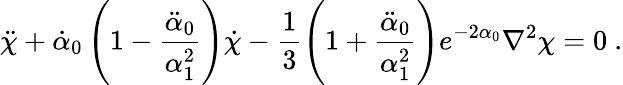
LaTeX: \ddot{\chi}+\dot{\alpha}_{0}\left(1-\frac{\ddot{\alpha}_{0}}{\alpha_{1}^{2}}\right)\dot{\chi}-\frac{1}{3}\left(1+\frac{\ddot{\alpha}_{0}}{\alpha_{1}^{2}}\right)e^{-2\alpha_{0}}\nabla^{2}\chi=0\ .